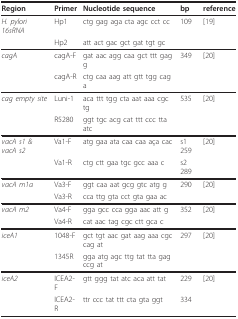
| Region | Primer | Nucleotide sequence | bp | reference |
 | --- | --- | --- | --- | --- |
 | H. pylori 16sRNA | Hp1 | ctg gag aga cta agc cct cc | 109 | [19] |
 |  | Hp2 | att act gac gct gat tgt gc |  |  |
 | cagA | cagA-F | gat aac agg caa gct ttt gag g | 349 | [20] |
 |  | cagA-R | ctg caa aag att gtt tgg cag a |  |  |
 | cag empty site | Luni-1 | aca ttt tgg cta aat aaa cgc tg | 535 | [20] |
 |  | R5280 | ggt tgc acg cat ttt ccc tta atc |  |  |
 | vacA s1 & vacA s2 | Va1-F | atg gaa ata caa caa aça cac | s1 259 | [20] |
 |  | Va1-R | ctg ctt gaa tgc gcc aaa c | s2 289 |  |
 | vacA m1a | Va3-F | ggt caa aat gcg gtc atg g | 290 | [20] |
 |  | Va3-R | cca ttg gta cct gta gaa ac |  |  |
 | vacA m2 | Va4-F | gga gcc cca gga aac att g | 352 | [20] |
 |  | Va4-R | cat aac tag cgc ctt gca c |  |  |
 | iceA1 | 1048-F | gct tgt aac gat aag aaa cgc cag at | 297 | [20] |
 |  | 1345R | gga atg agc ttg tat tta gag ccg at |  |  |
 | iceA2 | ICEA2-F | gtt ggg tat atc aca att tat | 229 | [20] |
 |  | ICEA2-R | ttr ccc tat ttt cta gta ggt | 334 |  |